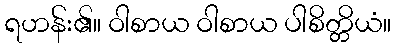
ရဟန်း၏။ ဝါစာယ ဝါစာယ ပါစိတ္တိယံ။